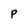
Character: P